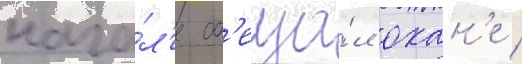
нача́л'е об'еща́л охан'е /